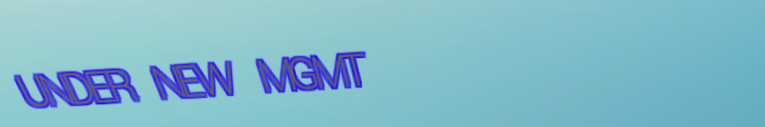
UNDER NEW MGMT